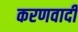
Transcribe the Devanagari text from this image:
करणवादी